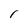
Character: r